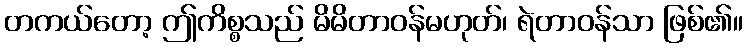
တကယ်တော့ ဤကိစ္စသည် မိမိတာဝန်မဟုတ်၊ ရဲတာဝန်သာ ဖြစ်၏။